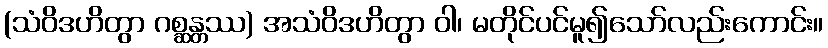
(သံဝိဒဟိတွာ ဂစ္ဆန္တဿ) အသံဝိဒဟိတွာ ဝါ၊ မတိုင်ပင်မူ၍သော်လည်းကောင်း။